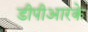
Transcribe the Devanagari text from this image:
डीपीआरके